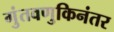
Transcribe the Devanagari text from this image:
गुंतवणुकिनंतर